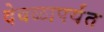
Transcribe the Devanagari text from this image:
देवळापर्यंत